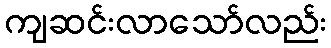
ကျဆင်းလာသော်လည်း